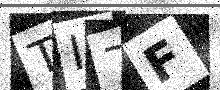
Text: TI7F